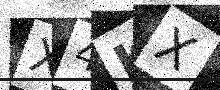
Text: X4KX